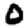
Digit: 0